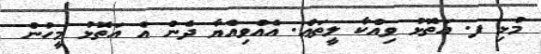
މުޅި ފ. އަތޮޅު ވިއްކާ ލީތަޢް. އެއްވިއްޔާ ދެން އެ އަތޮޅު މީހުން